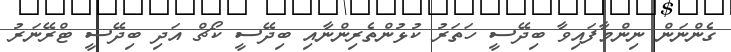
ގެންނަން ނިންމާފައިވާ ބިދޭސީ ހަތަރު ކުޅުންތެރިންނާއި ބިދޭސީ ކޯޗް އަދި ބިދޭސީ ޓްރޭނަރު